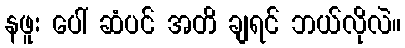
နဖူး ပေါ် ဆံပင် အတိ ချရင် ဘယ်လိုလဲ။